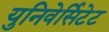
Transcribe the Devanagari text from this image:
युनिवेर्सिटेट